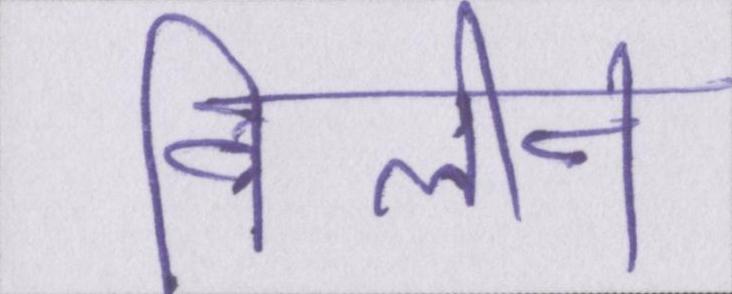
विलीन